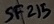
Text: SF215